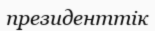
президенттік